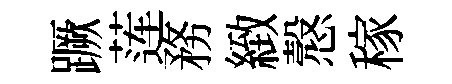
蹶莲務緻慤稼